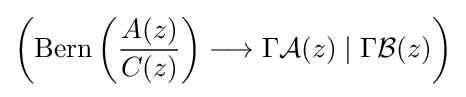
\left(\operatorname {Bern} \left({\frac {A(z)}{C(z)}}\right)\longrightarrow \Gamma {\mathcal {A}}(z)\mid \Gamma {\mathcal {B}}(z)\right)